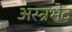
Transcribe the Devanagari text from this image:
अस्त्रभेद